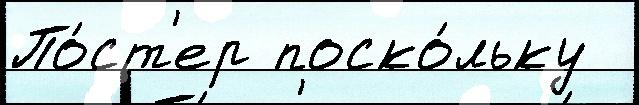
По́ст'ер поско́льку